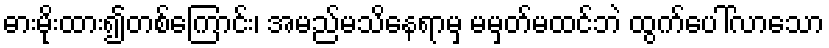
ဓားမိုးထား၍တစ်ကြောင်း၊ အမည်မသိနေရာမှ မမှတ်မထင်ဘဲ ထွက်ပေါ်လာသော